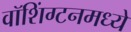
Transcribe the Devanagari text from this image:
वॉशिंग्टनमध्ये